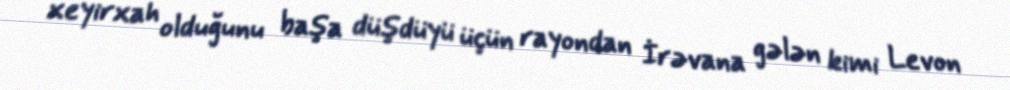
xeyirxah olduğunu başa düşdüyü üçün rayondan İrəvana gələn kimi Levon